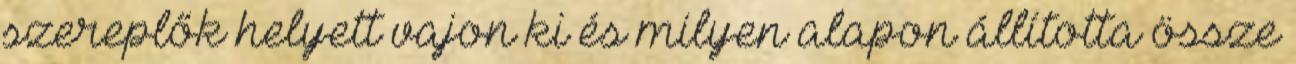
szereplők helyett vajon ki és milyen alapon állította össze